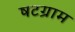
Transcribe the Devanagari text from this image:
षटग्राम